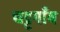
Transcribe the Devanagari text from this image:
चट्टगाँव